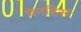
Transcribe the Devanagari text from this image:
मेनहिर्स